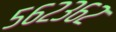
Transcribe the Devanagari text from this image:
५६२३६२